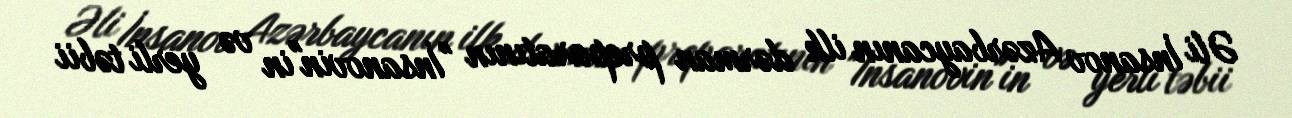
Əli İnsanov Azərbaycanın ilk dərman preparatının "İnsanovin"in və yerli təbii